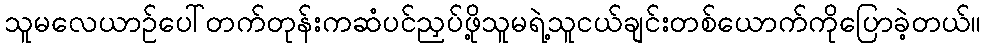
သူမလေယာဉ်ပေါ်တက်တုန်းကဆံပင်ညှပ်ဖို့သူမရဲ့သူငယ်ချင်းတစ်ယောက်ကိုပြောခဲ့တယ်။